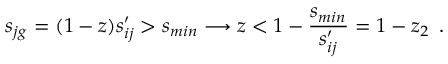
s _ { j g } = ( 1 - z ) s _ { i j } ^ { \prime } > s _ { m i n } \longrightarrow z < 1 - \frac { s _ { m i n } } { s _ { i j } ^ { \prime } } = 1 - z _ { 2 } \, \, \, .